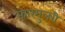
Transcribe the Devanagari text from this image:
फ़ारमुलरी